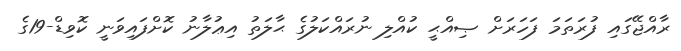
ރާއްޖޭގައި ފުރަތަމަ ފަހަރަށް ޞިއްޙީ ކުއްލި ނުރައްކަލުގެ ޙާލަތު އިޢުލާނު ކޮށްފައިވަނީ ކޮވިޑް-19ގެ